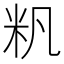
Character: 𱸴